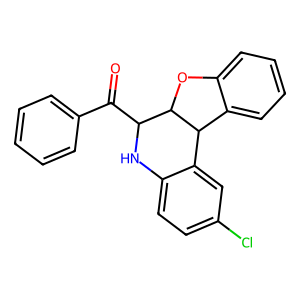
SMILES: O=C(c1ccccc1)C1Nc2ccc(Cl)cc2C2c3ccccc3OC12
Inhibits HIV replication: No